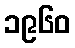
၁၉၆၀